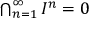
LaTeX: \textstyle \bigcap _ { n = 1 } ^ { \infty } I ^ { n } = 0